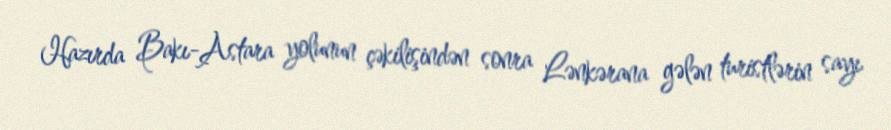
Hazırda Bakı-Astara yolunun çəkilişindən sonra Lənkərana gələn turistlərin sayı